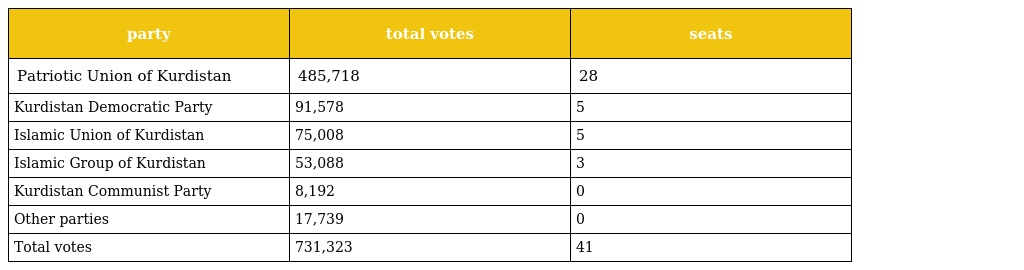
| party | total votes | seats |
 | --- | --- | --- |
 | Patriotic Union of Kurdistan | 485,718 | 28 |
 | Kurdistan Democratic Party | 91,578 | 5 |
 | Islamic Union of Kurdistan | 75,008 | 5 |
 | Islamic Group of Kurdistan | 53,088 | 3 |
 | Kurdistan Communist Party | 8,192 | 0 |
 | Other parties | 17,739 | 0 |
 | Total votes | 731,323 | 41 |